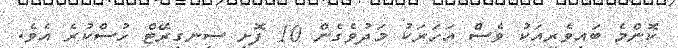
ކޮންމެ ބައިވެރިއަކު ވެސް އަހަރަކު މަދުވެގެން 10 ފޮށި ސިނގިރޭޓް ހުސްކުރެ އެވެ.